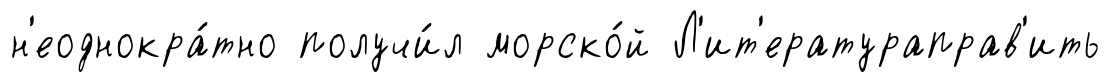
н'еоднокра́тно получи́л морско́й Л'ит'ератураправ'ить